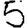
Digit: 5